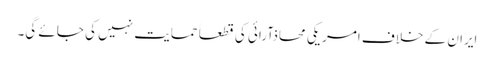
ایران کے خلاف امریکی محاذآرائی کی قطعاََ حمایت نہیں کی جائے گی۔